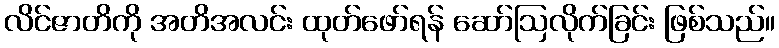
လိင်ဇာတိကို အတိအလင်း ထုတ်ဖော်ရန် ဆော်ဩလိုက်ခြင်း ဖြစ်သည်။